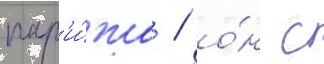
пар'и́жа / о́н с